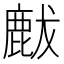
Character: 𪊝